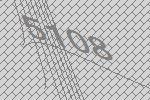
5108